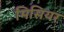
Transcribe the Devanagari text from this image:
मिसियर